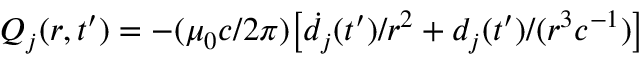
Q _ { j } ( r , t ^ { \prime } ) = - ( \mu _ { 0 } c / 2 \pi ) \big [ \dot { d } _ { j } ( t ^ { \prime } ) / { r ^ { 2 } } + d _ { j } ( t ^ { \prime } ) / ( r ^ { 3 } c ^ { - 1 } ) \big ]